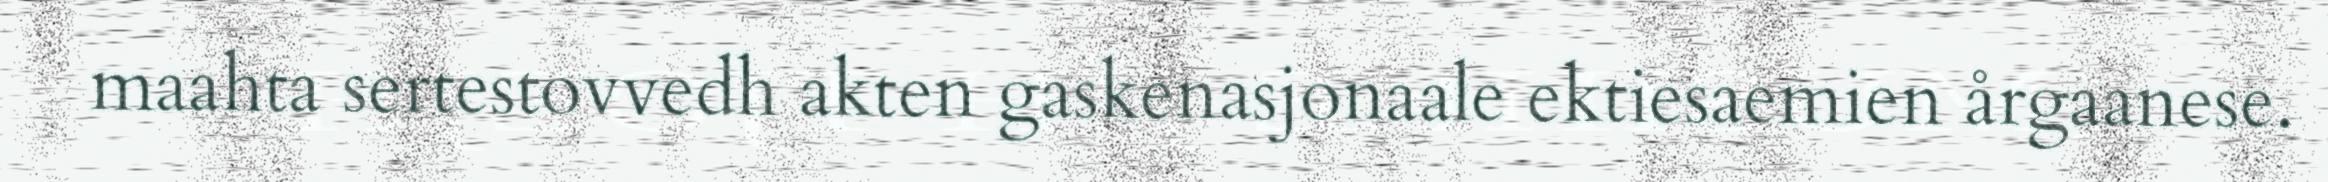
maahta sertestovvedh akten gaskenasjonaale ektiesaemien årgaanese.